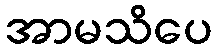
အာမသိပေ